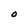
Character: O